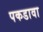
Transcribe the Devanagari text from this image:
पकडावा